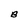
Character: B